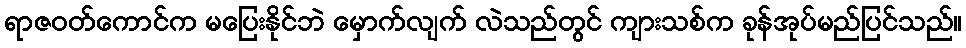
ရာဇဝတ်ကောင်က မပြေးနိုင်ဘဲ မှောက်လျက် လဲသည်တွင် ကျားသစ်က ခုန်အုပ်မည်ပြင်သည်။